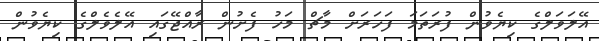
އޭލަވަލްގެ ކިޔެވުން ފުރަތަމަ ފަހަރަށް މާޗް މަހު ފެށުން ރާއްޖޭގައި އޭލެވެލްގެ ކިޔެވުން